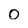
Character: 0